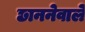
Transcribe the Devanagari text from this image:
छाननेवाले